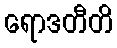
ရောဒတီတိ